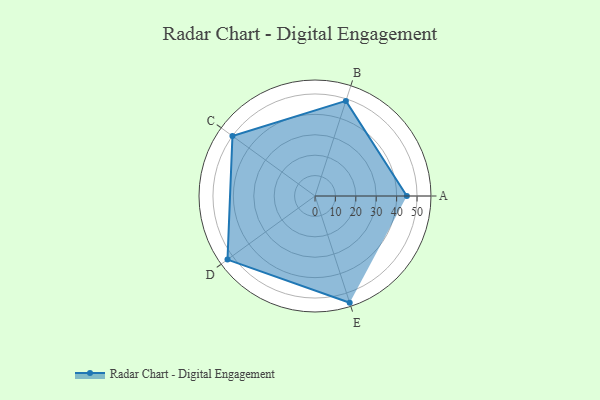
{"axis": {"x": "Skill", "y": "Score"}, "legend": ["Profile"], "data": [{"x": "A", "y": 45.0, "type": "Profile"}, {"x": "B", "y": 49.0, "type": "Profile"}, {"x": "C", "y": 50.0, "type": "Profile"}, {"x": "D", "y": 53.0, "type": "Profile"}, {"x": "E", "y": 55.0, "type": "Profile"}]}